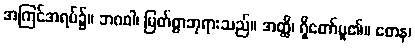
အကြင်အရပ်၌။ ဘဂဝါ၊ မြတ်စွာဘုရားသည်။ အတ္ထိ၊ ရှိတော်မူ၏။ တေန၊